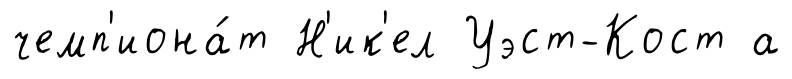
чемп'иона́т Н'ик'ел Уэст-Кост а